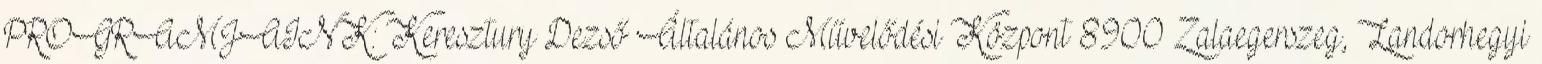
PROGRAMJAINK: Keresztury Dezső Általános Művelődési Központ 8900 Zalaegerszeg, Landorhegyi